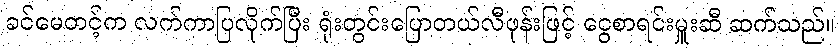
ခင်မေတင့်က လက်ကာပြလိုက်ပြီး ရုံးတွင်းပြောတယ်လီဖုန်းဖြင့် ငွေစာရင်းမှူးဆီ ဆက်သည်။